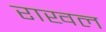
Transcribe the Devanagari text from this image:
राखल